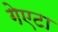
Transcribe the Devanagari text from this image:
गेएटा